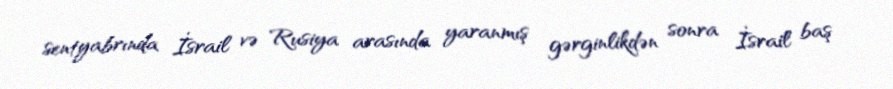
sentyabrında İsrail və Rusiya arasında yaranmış gərginlikdən sonra İsrail baş